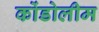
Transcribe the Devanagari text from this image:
कोंडोलीम